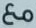
مع